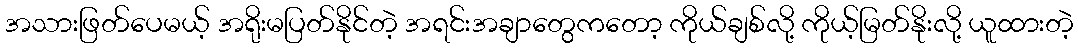
အသားဖြတ်ပေမယ့် အရိုးမပြတ်နိုင်တဲ့ အရင်းအချာတွေကတော့ ကိုယ်ချစ်လို့ ကိုယ့်မြတ်နိုးလို့ ယူထားတဲ့